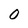
Character: 0